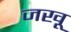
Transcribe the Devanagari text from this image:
जखू